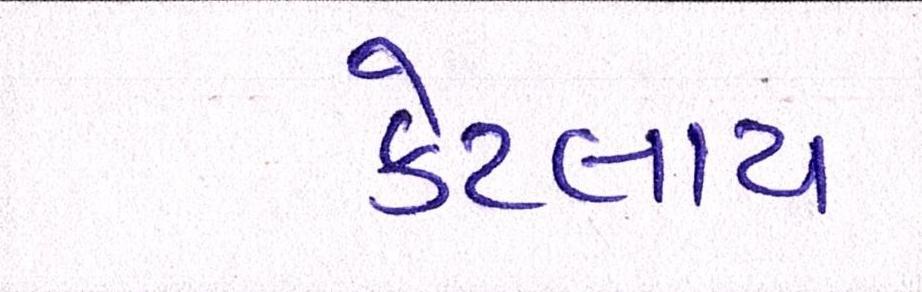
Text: કેટલાય